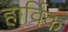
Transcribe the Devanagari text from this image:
हार्विक